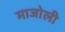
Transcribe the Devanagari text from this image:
माजोली